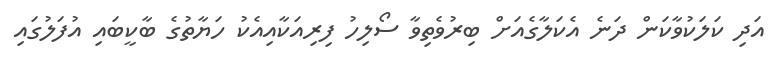
އަދި ކަލަކުވާކަން ދަނެ އެކަލާގެއަށް ބިރުވެތިވާ ސޯލިހު ފިރިއަކާއިއެކު ހަޔާތުގެ ބާކީބައި އުފަލުގައި